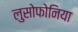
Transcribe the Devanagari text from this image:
लुसोफोनिया